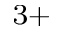
^ { 3 + }